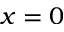
x = 0